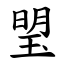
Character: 琞